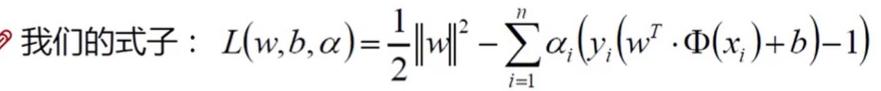
我们的式子：$L(w,b,\alpha)=\frac{1}{2}\|w\|^2 - \sum_{i=1}^{n} \alpha_{i}(y_{i}(w^{T} \cdot \Phi(x_{i})+b)-1)$